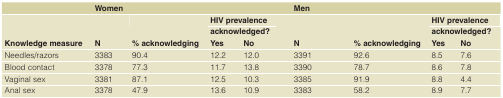
|  | Women |  |  |  | Men |  |  |  |
 |  |  |  | HIV prevalence |  |  |  | HIV prevalence |  |
 |  |  |  | acknowledged? |  |  |  | acknowledged? |  |
 | Knowledge measure | N | % acknowledging | Yes | No | N | % acknowledging | Yes | No |
 | --- | --- | --- | --- | --- | --- | --- | --- | --- |
 | Needles/razors | 3383 | 90.4 | 12.2 | 12.0 | 3391 | 92.6 | 8.5 | 7.6 |
 | Blood contact | 3378 | 77.3 | 11.7 | 13.8 | 3390 | 78.7 | 8.6 | 7.8 |
 | Vaginal sex | 3381 | 87.1 | 12.5 | 10.3 | 3385 | 91.9 | 8.8 | 4.4 |
 | Anal sex | 3378 | 47.9 | 13.6 | 10.9 | 3383 | 58.2 | 8.9 | 7.7 |